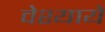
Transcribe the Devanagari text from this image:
वेश्यायें